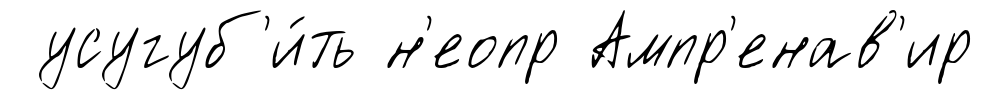
усугуб'и́ть н'еопр Ампр'енав'ир